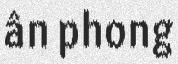
ân phong